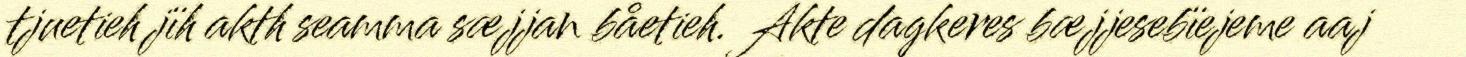
tjuetieh jïh akth seamma sæjjan båetieh. Akte dagkeres bæjjesebïejeme aaj